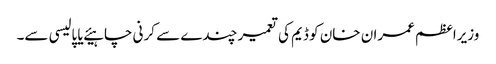
وزیراعظم عمران خان کو ڈیم کی تعمیر چندے سے کرنی چاہیئے یا پالیسی سے۔